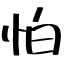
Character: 怕